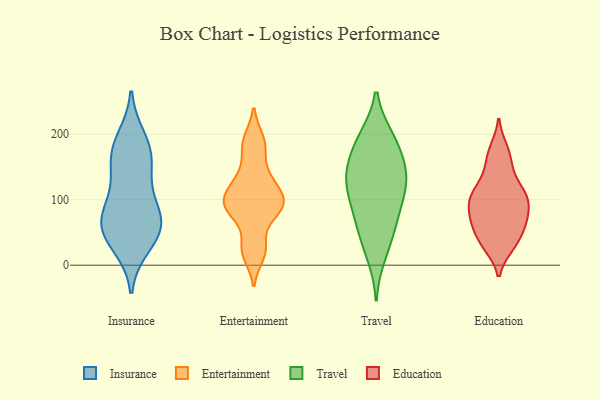
{"axis": {"x": "Backlog", "y": "Value"}, "legend": ["Education", "Entertainment", "Insurance", "Travel"], "data": [{"x": "", "y": 65, "type": "Insurance"}, {"x": "", "y": 123, "type": "Insurance"}, {"x": "", "y": 50, "type": "Insurance"}, {"x": "", "y": 72, "type": "Insurance"}, {"x": "", "y": 49, "type": "Insurance"}, {"x": "", "y": 192, "type": "Insurance"}, {"x": "", "y": 172, "type": "Insurance"}, {"x": "", "y": 156, "type": "Insurance"}, {"x": "", "y": 91, "type": "Insurance"}, {"x": "", "y": 66, "type": "Insurance"}, {"x": "", "y": 31, "type": "Insurance"}, {"x": "", "y": 171, "type": "Insurance"}, {"x": "", "y": 96, "type": "Entertainment"}, {"x": "", "y": 28, "type": "Entertainment"}, {"x": "", "y": 133, "type": "Entertainment"}, {"x": "", "y": 77, "type": "Entertainment"}, {"x": "", "y": 82, "type": "Entertainment"}, {"x": "", "y": 16, "type": "Entertainment"}, {"x": "", "y": 95, "type": "Entertainment"}, {"x": "", "y": 25, "type": "Entertainment"}, {"x": "", "y": 192, "type": "Entertainment"}, {"x": "", "y": 92, "type": "Entertainment"}, {"x": "", "y": 131, "type": "Entertainment"}, {"x": "", "y": 88, "type": "Entertainment"}, {"x": "", "y": 112, "type": "Entertainment"}, {"x": "", "y": 169, "type": "Entertainment"}, {"x": "", "y": 188, "type": "Entertainment"}, {"x": "", "y": 113, "type": "Entertainment"}, {"x": "", "y": 73, "type": "Travel"}, {"x": "", "y": 189, "type": "Travel"}, {"x": "", "y": 57, "type": "Travel"}, {"x": "", "y": 40, "type": "Travel"}, {"x": "", "y": 139, "type": "Travel"}, {"x": "", "y": 162, "type": "Travel"}, {"x": "", "y": 109, "type": "Travel"}, {"x": "", "y": 15, "type": "Travel"}, {"x": "", "y": 136, "type": "Travel"}, {"x": "", "y": 195, "type": "Travel"}, {"x": "", "y": 144, "type": "Travel"}, {"x": "", "y": 86, "type": "Travel"}, {"x": "", "y": 110, "type": "Travel"}, {"x": "", "y": 192, "type": "Travel"}, {"x": "", "y": 130, "type": "Travel"}, {"x": "", "y": 68, "type": "Education"}, {"x": "", "y": 94, "type": "Education"}, {"x": "", "y": 30, "type": "Education"}, {"x": "", "y": 109, "type": "Education"}, {"x": "", "y": 89, "type": "Education"}, {"x": "", "y": 62, "type": "Education"}, {"x": "", "y": 108, "type": "Education"}, {"x": "", "y": 178, "type": "Education"}, {"x": "", "y": 48, "type": "Education"}, {"x": "", "y": 138, "type": "Education"}, {"x": "", "y": 111, "type": "Education"}, {"x": "", "y": 160, "type": "Education"}, {"x": "", "y": 72, "type": "Education"}, {"x": "", "y": 29, "type": "Education"}]}